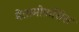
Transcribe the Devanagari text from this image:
मेतामोर्फ़ोसेस